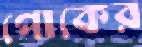
পোকের